Indian journal of veterinary science and animal husbandry - Volume 6,
Year: 1936
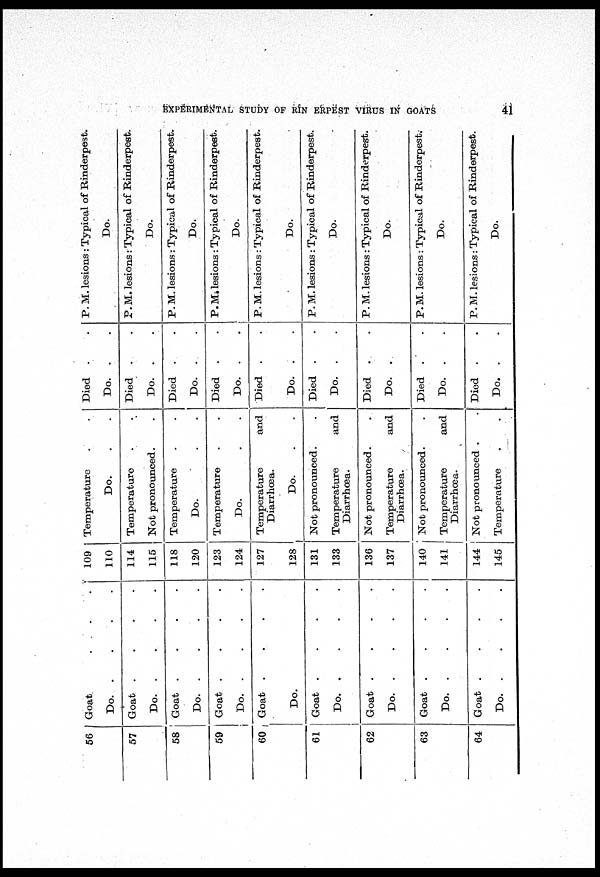
EXPERIMENTAL STUDY OF RINERPEST VIRUS IN GOATS
41
56
57
58
59
60
61
62
63
64
Goat . . . .
Do.
.
.
.
.
Goat
.
.
.
.
Do.
.
.
.
.
Goat
.
.
.
.
Do.
.
.
.
.
Goat
.
.
.
.
Do.
.
.
.
.
Goat
.
.
.
.
Do.
Goat
.
.
.
.
Do.
.
.
.
.
Goat
.
.
.
.
Do.
.
.
.
.
Goat
.
.
.
.
Do.
.
.
.
.
Goat
.
.
.
.
Do.
.
.
.
.
109
110
114
115
118
120
123
124
127
128
131
133
136
137
140
141
144
145
Temperature . .
Do. . .
Temperature . .
Not pronounced. .
Temperature . .
Do. . .
Temperature . .
Do. . .
Temperature
and
Diarrhœa.
Do. . .
Not pronounced. .
Temperature
and
Diarrhœa.
Not pronounced. .
Temperature
and
Diarrhœa.
Not pronounced.
Temperature
and
Diarrhœa.
Not pronounced .
Temperature
Died . .
Do. . .
Died . .
Do. . .
Died . .
Do. . .
Died . .
Do. . .
Died . .
Do. . .
Died
.
.
Do. . .
Died .
.
Do. . .
Died .
.
Do. . .
Died .
.
Do. . .
P. M. lesions : Typical of Rinderpest.
Do.
P. M. lesions : Typical of Rinderpest.
Do.
P. M. lesions : Typical of Rinderpest.
Do.
P. M. lesions : Typical of Rinderpest.
Do.
P. M. lesions : Typical of Rinderpest.
Do.
P. M. lesions : Typical of Rinderpest.
Do.
P. M. lesions : Typical of Rinderpest.
Do.
P. M. lesions : Typical of Rinderpest.
Do.
P. M. lesions : Typical of Rinderpest.
Do.